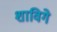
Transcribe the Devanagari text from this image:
शाविगे